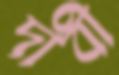
দাবী